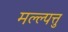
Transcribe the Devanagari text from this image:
मल्ल्पत्तु